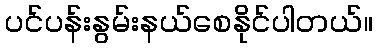
ပင်ပန်းနွမ်းနယ်စေနိုင်ပါတယ်။